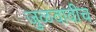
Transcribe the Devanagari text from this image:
जुळवावीच